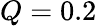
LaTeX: Q=0.2